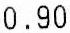
0.90